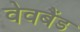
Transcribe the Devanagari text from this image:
वेवबैंड